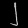
Digit: ၂